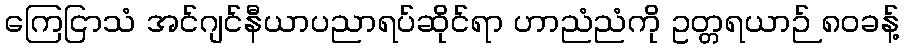
ကြေငြာသံ အင်ဂျင်နီယာပညာရပ်ဆိုင်ရာ ဟာညံညံကို ဥတ္တရယာဉ် ၈၀ခန့်